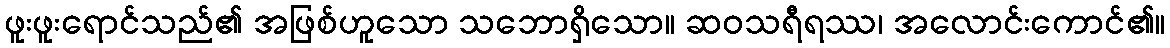
ဖူးဖူးရောင်သည်၏ အဖြစ်ဟူသော သဘောရှိသော။ ဆဝသရီရဿ၊ အလောင်းကောင်၏။